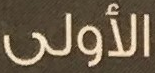
الأولى